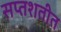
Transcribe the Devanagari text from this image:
सप्तशतीत